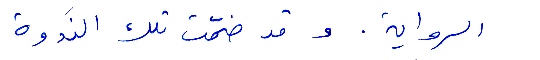
الرواية. وقد ضمّت تلك الندوة